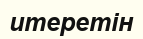
итеретін